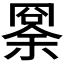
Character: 𠕨